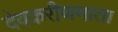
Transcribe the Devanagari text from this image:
देवकरीणमाता